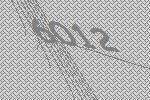
6012